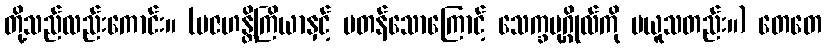
တို့သည်လည်းကောင်း။ (ပဇဟန္တိကြိယာနှင့် မတန်သောကြောင့် သေက္ခပုဂ္ဂိုလ်ကို မယူသတည်း။) တေတေ